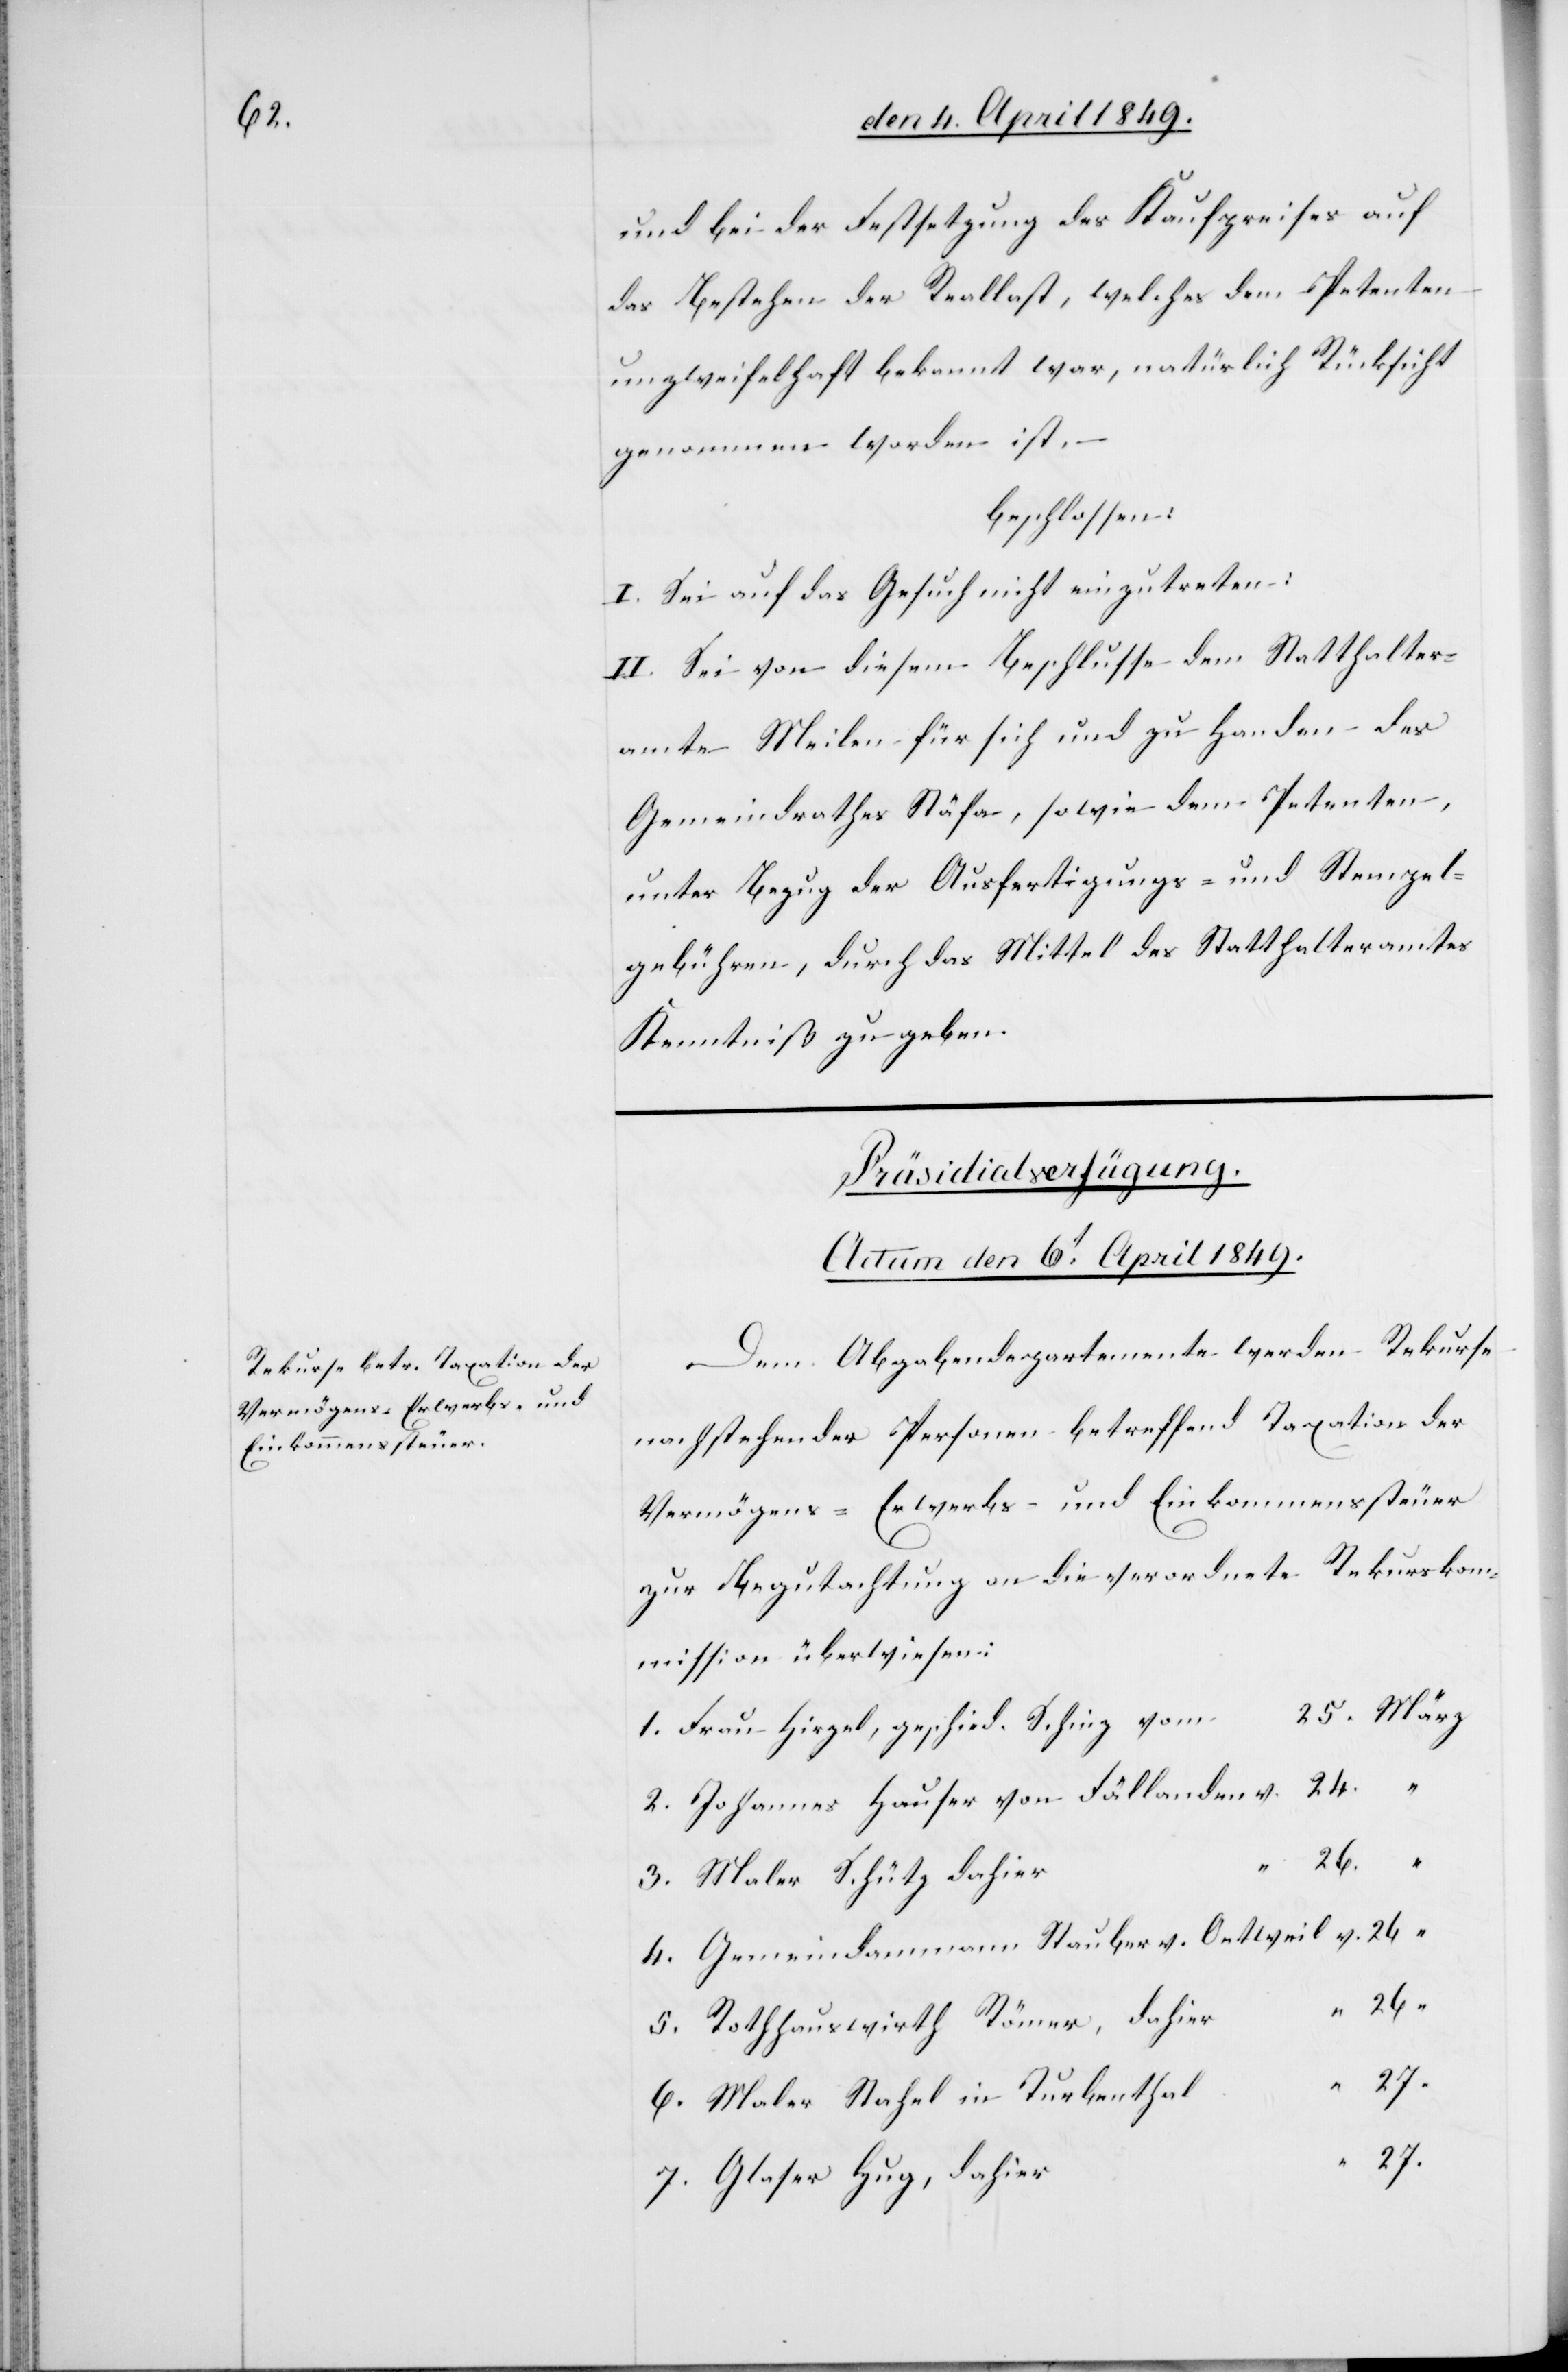
und bei der Festsetzung des Kaufpreises auf
das Bestehen der Reallast, welches dem Petenten
unzweifelhaft bekannt war, natürlich Rücksicht
genommen worden ist. –
beschlossen:
I. Sei auf das Gesuch nicht einzutreten:
II. Sei von diesem Beschlusse dem Statthalter¬
amte Meilen für sich und zu Handen des
Gemeindrathes Stäfa, sowie dem Petenten,
unter Bezug der Ausfertigungs- und Stempel¬
gebühren, durch das Mittel des Statthalteramtes
Kenntniß zu geben.
Präsidialverfügung.
Actum den 6t April 1849.
Dem Abgabendepartemente werden Rekurse
nachstehender Personen betreffend Taxation der
Vermögens-[,] Erwerbs- und Einkommenssteuer
zur Begutachtung an die verordnete Rekurskom¬
mission überwiesen:
1. Frau Hirzel, geschied. Schinz
2. Johannes Hauser von Fällanden	v.	24.		“
4. Gemeindammann Stauber v. Oetweil	v.	26.		“
5. Rothhauswirth Römer,
7.